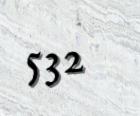
532